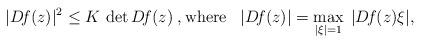
LaTeX: \begin{align*} |D\!f(z)|^2 \leq K\, \det D\!f(z)\;,\textrm{where}\;\;\;|D\!f(z)| = \max_{|\xi| =1} \; |D\!f(z) \xi|,\end{align*}